Leaving Certificate Examination, 1918
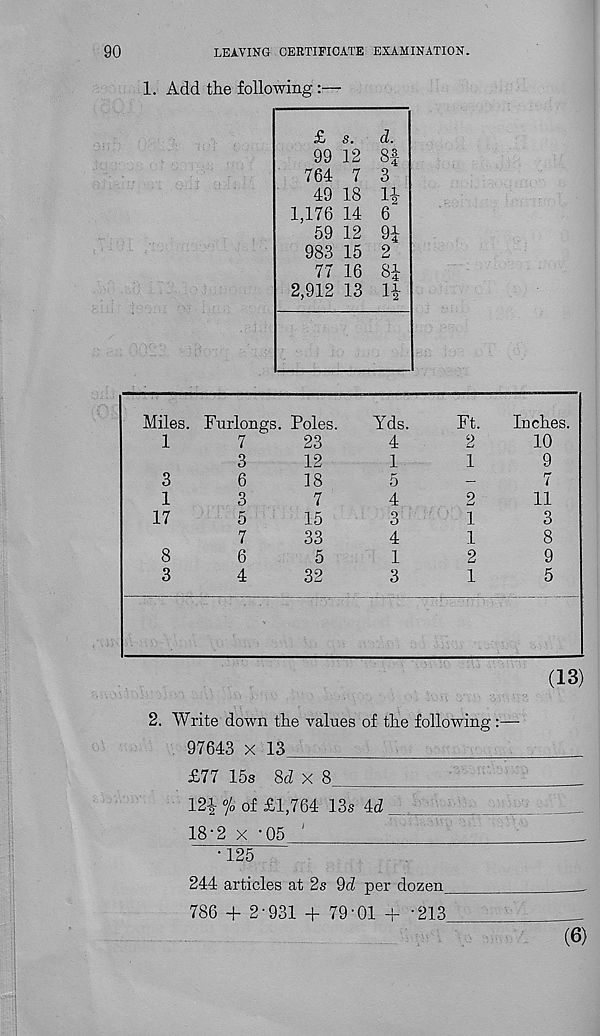
90
LEAVING CERTIFICATE EXAMINATION.
1. Add the following :—
£ s.
d.
99 12 SI-
764 7 3
49 18 li
1,176 14 6
59 12 9|
983 15 2
77 16 8|
2,912 13 1|-
(13)
2. Write down the values of the following:—
97643 x 13_
£77 15s 8d x 8
12i oj 0 of £i ; 764 13s 4cZ
18-2 x •05 1
•125
244 articles at 2s 9d per dozen
786 + 2-931 + 79-01 + -213
(6)